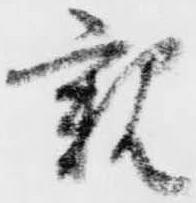
親